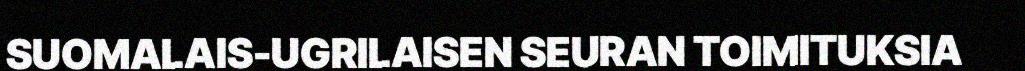
SUOMALAIS-UGRILAISEN SEURAN TOIMITUKSIA